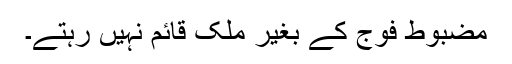
مضبوط فوج کے بغیر ملک قائم نہیں رہتے۔